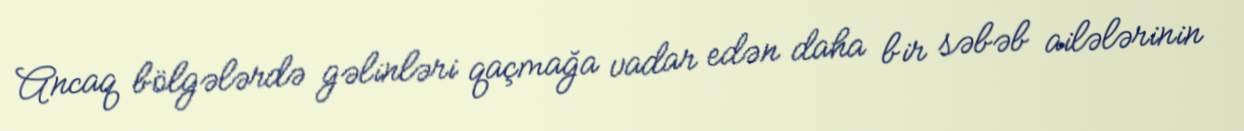
Ancaq bölgələrdə gəlinləri qaçmağa vadar edən daha bir səbəb ailələrinin